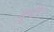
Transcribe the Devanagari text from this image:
दृष्टी।